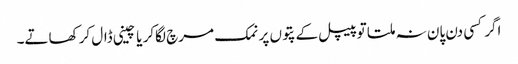
اگر کسی دن پان نہ ملتا تو پیپل کے پتوں پر نمک مرچ لگاکر یا چینی ڈال کر کھاتے۔